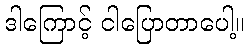
ဒါကြောင့် ငါပြောတာပေါ့။